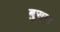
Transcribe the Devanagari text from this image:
बुसरा